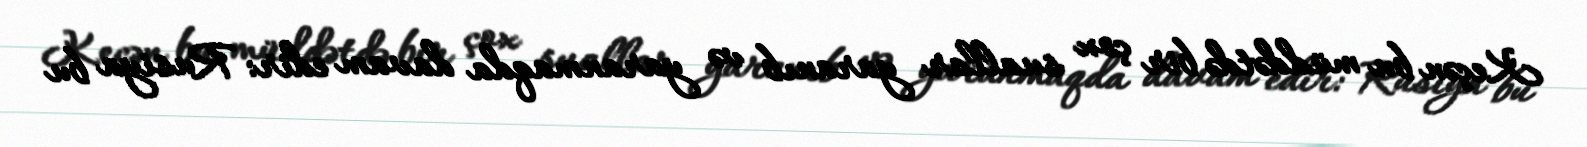
Keçən bu müddətdə bir çox suallar yaranıb və yaranmaqda davam edir: Rusiya bu